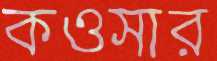
কওসার